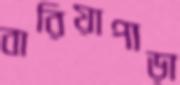
বারিয়াপাড়া